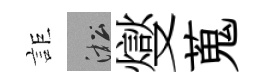
詎淞燮蒐